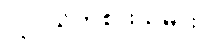
လူငယ်ကစားသမား